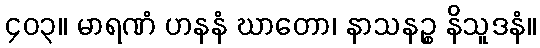
၄၀၃။ မာရဏံ ဟနနံ ဃာတော၊ နာသနဉ္စ နိသူဒနံ။